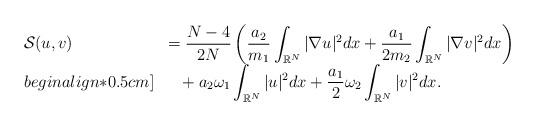
LaTeX: \begin{align*}\left.\begin{array}{ll}\mathcal{S}(u,v)&\displaystyle=\dfrac{N-4}{2N}\left(\dfrac{a_2}{m_1}\int_{\mathbb{R}^N}|\nabla u|^2dx+\dfrac{a_1}{2m_2}\int_{\mathbb{R}^N}|\nabla v|^2dx\right)\\begin{align*}0.5cm]&~~\displaystyle+a_2\omega_1\int_{\mathbb{R}^N}|u|^2dx+\dfrac{a_1}{2}\omega_2\int_{\mathbb{R}^N}|v|^2dx.\end{array}\right.\end{align*}